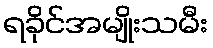
ရခိုင်အမျိုးသမီး